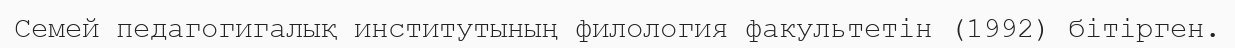
Семей педагогигалық институтының филология факультетін (1992) бітірген.